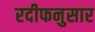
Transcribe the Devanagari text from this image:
रदीफनुसार